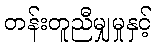
တန်းတူညီမျှမှုနှင့်